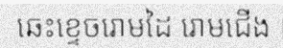
ឆេះខ្ទេចរោមដៃ រោមជើង